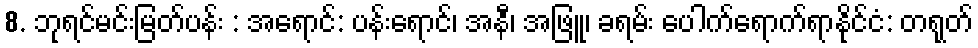
8. ဘုရင်မင်းမြတ်ပန်း : အရောင်: ပန်းရောင်၊ အနီ၊ အဖြူ၊ ခရမ်း ပေါက်ရောက်ရာနိုင်ငံ: တရုတ်